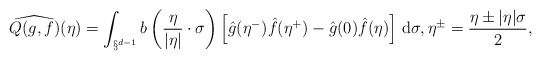
\begin{align*}\widehat{Q(g,f)}(\eta) = \int_{\S^{d-1}} b\left(\frac{\eta}{|\eta|}\cdot\sigma\right) \left[ \hat{g}(\eta^-) \hat{f}(\eta^+) - \hat{g}(0) \hat{f}(\eta) \right] \, \mathrm{d}\sigma, \eta^{\pm} = \frac{\eta\pm |\eta| \sigma}{2},\end{align*}